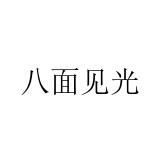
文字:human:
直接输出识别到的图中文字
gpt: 八面见光